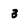
Character: 3